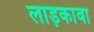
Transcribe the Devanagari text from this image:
लाड़कावा